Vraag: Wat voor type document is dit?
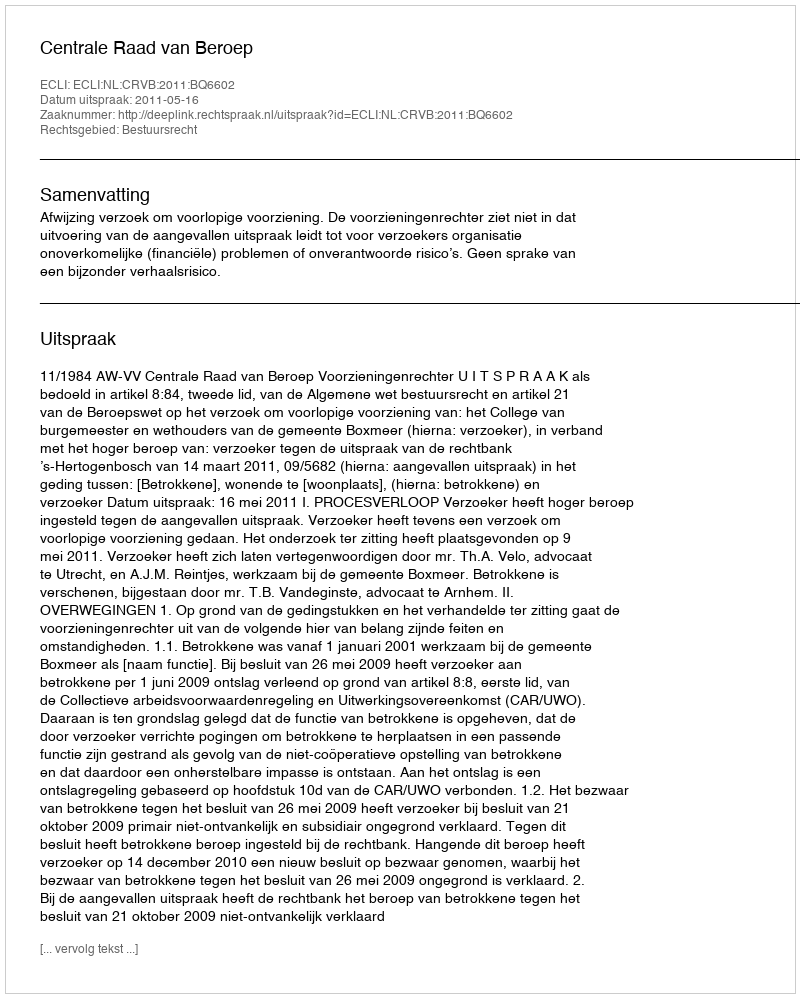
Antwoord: Uitspraak